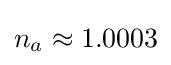
n_{a}\approx 1.0003